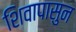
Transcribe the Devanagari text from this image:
शिवापासुन